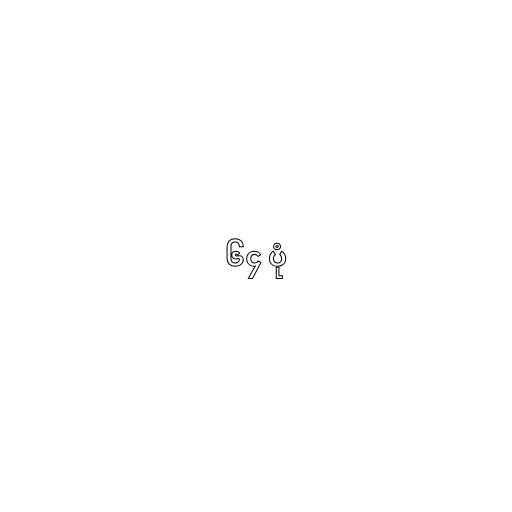
၆၄ ပုံ